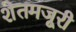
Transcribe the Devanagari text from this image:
शेतमजूरी